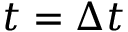
t = \Delta t